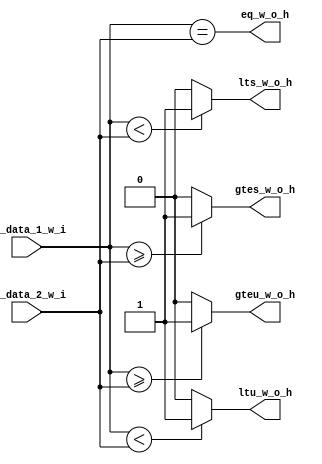
//                              -*- Mode: Verilog -*-
// Description     : alu unit for the RV32 ISA
// Last Modified By: Patrick
// Update Count    : 0
// Status          : Unknown, Use with caution!



//-----------------------------------------------------------------------------
// Module Declaration
//-----------------------------------------------------------------------------
module cmp_gen (/*AUTOARG*/
   // Outputs
   eq_w_o_h, gteu_w_o_h, ltu_w_o_h, gtes_w_o_h, lts_w_o_h,
   // Inputs
   rd_data_1_w_i, rd_data_2_w_i
   ) ;

   //-----------------------------------------------------------------------------
   // Inputs
   //-----------------------------------------------------------------------------
   input wire [31:0] rd_data_1_w_i;
   input wire [31:0] rd_data_2_w_i;

   //-----------------------------------------------------------------------------
   // Outputs
   //-----------------------------------------------------------------------------
   output wire        eq_w_o_h;
   output wire        gteu_w_o_h;
   output wire        ltu_w_o_h;
   output wire        gtes_w_o_h;
   output wire        lts_w_o_h;

   //-----------------------------------------------------------------------------
   // Parameters
   //-----------------------------------------------------------------------------

   //-----------------------------------------------------------------------------
   // Internal Registers and Wires
   //-----------------------------------------------------------------------------

   //-----------------------------------------------------------------------------
   // Instantiations
   //-----------------------------------------------------------------------------

   //-----------------------------------------------------------------------------
   // RTL
   //-----------------------------------------------------------------------------

   //-----------------------------------------------------------------------------
   // Assigns
   //-----------------------------------------------------------------------------
   assign eq_w_o_h = (rd_data_1_w_i == rd_data_2_w_i);
   assign gteu_w_o_h = ((rd_data_1_w_i >= rd_data_2_w_i) ? 1 : 0);
   assign ltu_w_o_h = ((rd_data_1_w_i < rd_data_2_w_i) ? 1 : 0);
   assign gtes_w_o_h = (($signed(rd_data_1_w_i) >= $signed(rd_data_2_w_i)) ? 1 : 0);
   assign lts_w_o_h = (($signed(rd_data_1_w_i) < $signed(rd_data_2_w_i)) ? 1 : 0);

endmodule // alu